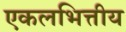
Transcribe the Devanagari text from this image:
एकलभित्तीय